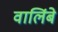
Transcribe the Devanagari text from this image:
वालिंबे